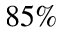
8 5 \%